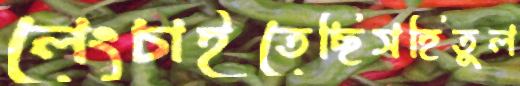
লেংচাইতেছিসহিতুল